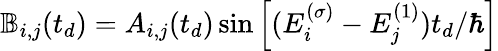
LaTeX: \mathbb{B}_{i,j}(t_{d})=A_{i,j}(t_{d})\sin\left[(E_{i}^{(\sigma)}-E_{j}^{(1)})t_{d}/\hbar\right]